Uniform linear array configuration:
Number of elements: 8
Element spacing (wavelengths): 0.25
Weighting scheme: hamming
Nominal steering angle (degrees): -45
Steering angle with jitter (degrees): -46.691
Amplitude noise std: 0.05
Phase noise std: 0.05

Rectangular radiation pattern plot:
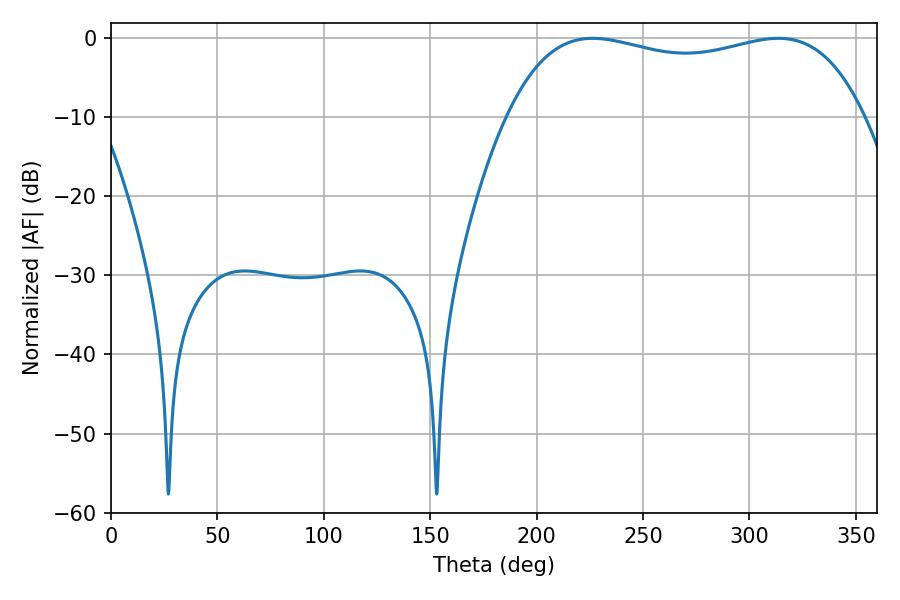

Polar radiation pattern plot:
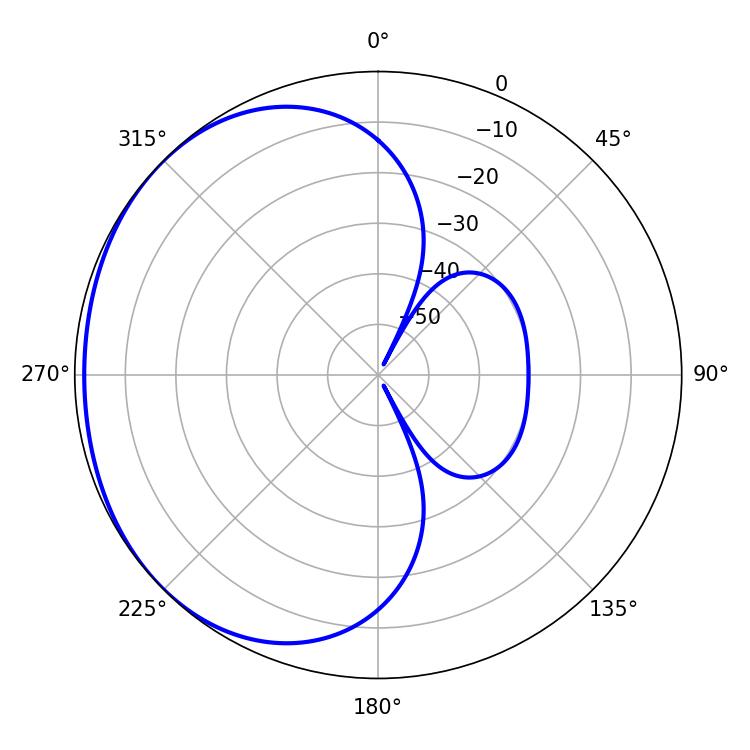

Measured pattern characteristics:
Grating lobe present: FALSE
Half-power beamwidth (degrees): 136.08
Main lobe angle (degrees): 226.44